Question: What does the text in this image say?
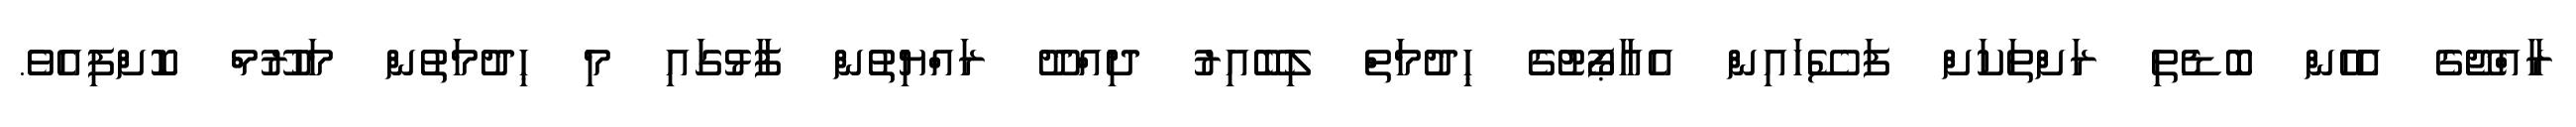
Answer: ރާއްޖޭގެ އެެހެން ބޮޑެތި ރަށްތަކަށް ފަސޭހައިން އެއާޕޯޓުގެ ޙިދުމަތް ލިބޭއިރު ދިއްދޫ ރައްޔިތުން ފާޅުގައި މި ޙިދުމަތުން މަހުރޫމް ކޮށްފިއެވެ.